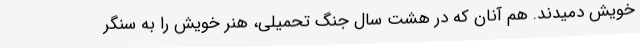
خویش دمیدند. هم آنان که در هشت سال جنگ تحمیلی، هنر خویش را به سنگر